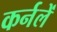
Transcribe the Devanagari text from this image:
कर्नलें